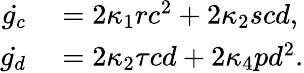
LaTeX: \begin{array}{rl}{\dot{g_{c}}}&{{}=2\kappa_{1}rc^{2}+2\kappa_{2}scd,}\\ {\dot{g_{d}}}&{{}=2\kappa_{2}\tau cd+2\kappa_{4}pd^{2}.}\end{array}